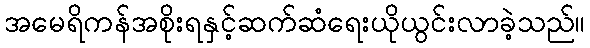
အမေရိကန်အစိုးရနှင့်ဆက်ဆံရေးယိုယွင်းလာခဲ့သည်။